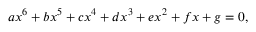
a x ^ { 6 } + b x ^ { 5 } + c x ^ { 4 } + d x ^ { 3 } + e x ^ { 2 } + f x + g = 0 ,